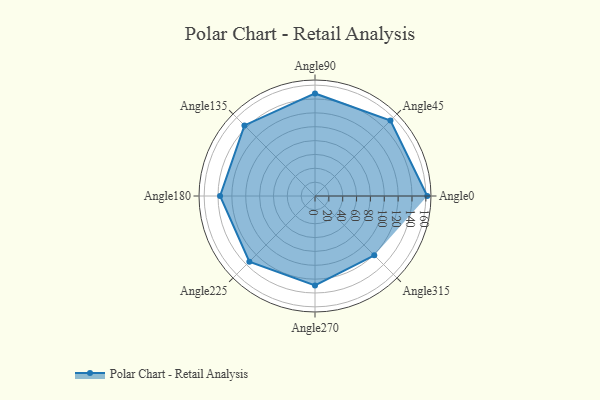
{"axis": {"x": "Angle", "y": "Radius"}, "legend": [""], "data": [{"x": "Angle0", "y": 162.0, "type": ""}, {"x": "Angle45", "y": 154.0, "type": ""}, {"x": "Angle90", "y": 148.0, "type": ""}, {"x": "Angle135", "y": 144.0, "type": ""}, {"x": "Angle180", "y": 137.0, "type": ""}, {"x": "Angle225", "y": 134.0, "type": ""}, {"x": "Angle270", "y": 129.0, "type": ""}, {"x": "Angle315", "y": 121.0, "type": ""}]}